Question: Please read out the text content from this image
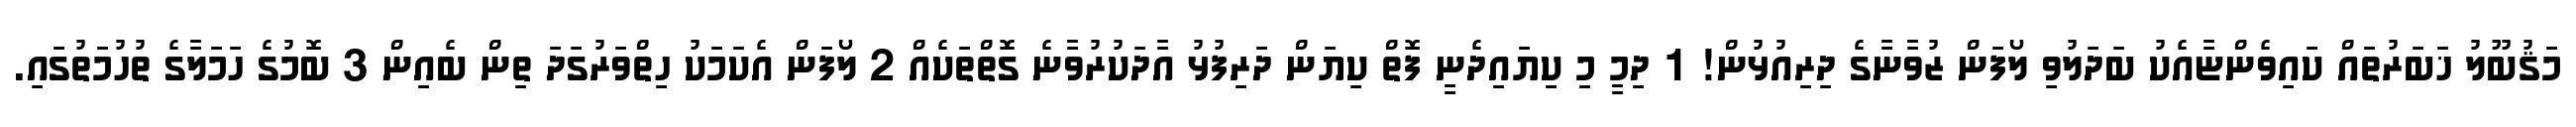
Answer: މަޤުބޫލު ޚަބަރުތައް ކައިވެންޏާއެކު ބަދަލުވި ލޯފަން ޒުވާނާގެ ދިރިއުޅުން! 1 ދިމީ މި ކިޔައިދެނީ ފޮތް ކިޔަން ދަރިފުޅު އާދަކުރުވާނެ ގޮތްތަކެއް 2 ލޯފަން އެކަމަކު ހިތްވަރުގަދަ ތިން ބެއިން 3 ބޮމުގެ ހަމަލާގެ ތުހުމަތުގައި.